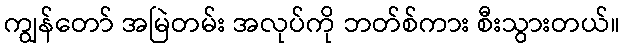
ကျွန်တော် အမြဲတမ်း အလုပ်ကို ဘတ်စ်ကား စီးသွားတယ်။